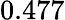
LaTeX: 0.477